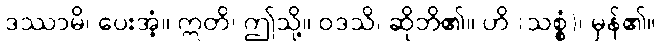
ဒဿာမိ၊ ပေးအံ့။ ဣတိ၊ ဤသို့။ ဝဒသိ၊ ဆိုဘိ၏။ ဟိ (သစ္စံ)၊ မှန်၏။